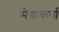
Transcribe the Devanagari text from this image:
मेगाकर्पा